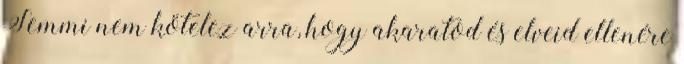
Semmi nem kötelez arra, hogy akaratod és elveid ellenére